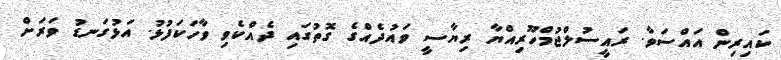
ކައިރިން އައްސަވާ. ރައީސުލްޖުމްހޫރިއްޔާ ރިޔާސީ ވައުދެއްގެ ގޮތުގައި ދެއްކެވި ވާހަކަފުޅު. އަޅުގަނޑު ވަރަށް